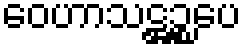
ဝေဟာသဋ္ဌဉ္စပေ